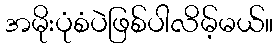
အမိုးပုံစံပဲဖြစ်ပါလိမ့်မယ်။